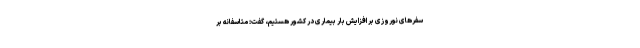
سفرهای نوروزی بر افزایش بار بیماری در کشور هستیم، گفت: متاسفانه بر